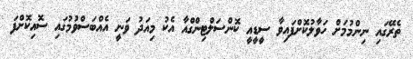
ތެރޭގައި ނިންމުމަށް ހަވާލުކޮށްފައިވާ ސީޑީއީ ކޮންސަލްޓިންގްއާ އެކު މިއަދު ވަނީ އެއްބަސްވުމުގައި ސޮއިކޮށްފަ